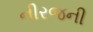
નીરજની